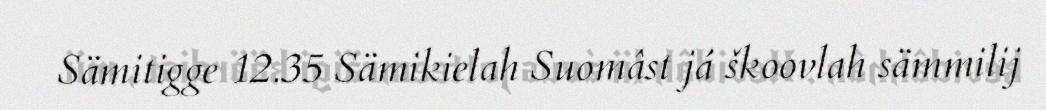
Sämitigge 12.35 Sämikielah Suomâst já škoovlah sämmilij